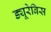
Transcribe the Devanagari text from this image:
ड्यूरेबिस